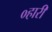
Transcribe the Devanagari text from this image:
०हारी